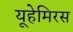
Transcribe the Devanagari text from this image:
यूहेमिरस